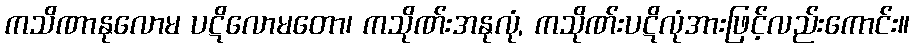
ကသိဏာနုလောမ ပဋိလောမတော၊ ကသိုဏ်းအနုလုံ, ကသိုဏ်းပဋိလုံအားဖြင့်လည်းကောင်း။